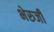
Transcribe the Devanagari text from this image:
भेरुजी